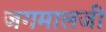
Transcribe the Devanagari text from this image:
जगमालजी